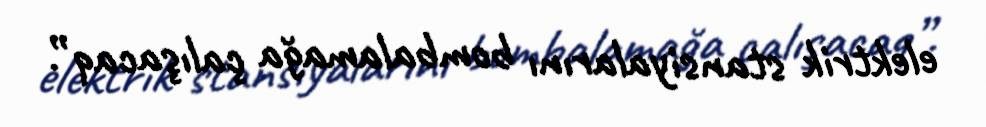
elektrik stansiyalarını bombalamağa çalışacaq”.